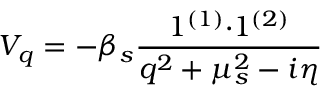
V _ { q } = - \beta _ { s } \frac { 1 ^ { ( 1 ) } { \cdot } 1 ^ { ( 2 ) } } { q ^ { 2 } + \mu _ { s } ^ { 2 } - i \eta }